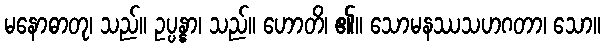
မနောဓာတု၊ သည်။ ဥပ္ပန္နာ၊ သည်။ ဟောတိ၊ ၏။ သောမနဿသဟဂတာ၊ သော။